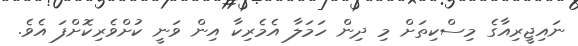
ނައިޖީރިއާގެ މިސްކިތަށް މި ދިން ހަމަލާ އެމެރިކާ އިން ވަނީ ކުށްވެރިކޮށްފަ އެވެ.